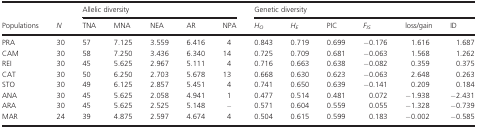
<table><thead><tr><td rowspan="2"><b>Populations</b></td><td rowspan="2"><b><i>N</i></b></td><td colspan="5"><b>Allelic diversity</b></td><td colspan="6"><b>Genetic diversity</b></td></tr><tr><td><b>TNA</b></td><td><b>MNA</b></td><td><b>NEA</b></td><td><b>AR</b></td><td><b>NPA</b></td><td><b><i>H</i><sub><i>O</i></sub></b></td><td><b><i>H</i><sub><i>E</i></sub></b></td><td><b>PIC</b></td><td><b><i>F</i><sub><i>IS</i></sub></b></td><td><b>loss/gain</b></td><td><b>ID</b></td></tr></thead><tbody><tr><td>PRA</td><td>30</td><td>57</td><td>7.125</td><td>3.559</td><td>6.416</td><td>4</td><td>0.843</td><td>0.719</td><td>0.699</td><td>−0.176</td><td>1.616</td><td>1.687</td></tr><tr><td>CAM</td><td>30</td><td>58</td><td>7.250</td><td>3.436</td><td>6.340</td><td>14</td><td>0.725</td><td>0.709</td><td>0.681</td><td>−0.063</td><td>1.568</td><td>1.262</td></tr><tr><td>REI</td><td>30</td><td>45</td><td>5.625</td><td>2.967</td><td>5.111</td><td>4</td><td>0.716</td><td>0.663</td><td>0.638</td><td>−0.082</td><td>0.359</td><td>0.375</td></tr><tr><td>CAT</td><td>30</td><td>50</td><td>6.250</td><td>2.703</td><td>5.678</td><td>13</td><td>0.668</td><td>0.630</td><td>0.623</td><td>−0.063</td><td>2.648</td><td>0.263</td></tr><tr><td>STO</td><td>30</td><td>49</td><td>6.125</td><td>2.857</td><td>5.451</td><td>4</td><td>0.741</td><td>0.650</td><td>0.639</td><td>−0.141</td><td>0.209</td><td>0.184</td></tr><tr><td>ANA</td><td>30</td><td>45</td><td>5.625</td><td>2.058</td><td>4.941</td><td>1</td><td>0.477</td><td>0.514</td><td>0.481</td><td>0.072</td><td>−1.938</td><td>−2.431</td></tr><tr><td>ARA</td><td>30</td><td>45</td><td>5.625</td><td>2.525</td><td>5.148</td><td>–</td><td>0.571</td><td>0.604</td><td>0.559</td><td>0.055</td><td>−1.328</td><td>−0.739</td></tr><tr><td>MAR</td><td>24</td><td>39</td><td>4.875</td><td>2.597</td><td>4.674</td><td>4</td><td>0.504</td><td>0.615</td><td>0.599</td><td>0.183</td><td>−0.002</td><td>−0.585</td></tr></tbody></table>